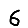
Digit: 6